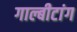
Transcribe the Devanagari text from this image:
गाल्बीटांग